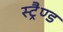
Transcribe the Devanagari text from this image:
स्ट्रैण्ड